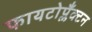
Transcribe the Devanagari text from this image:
फायटोप्लँक्टन